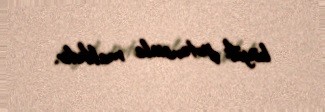
böyük potensiala malikdir.